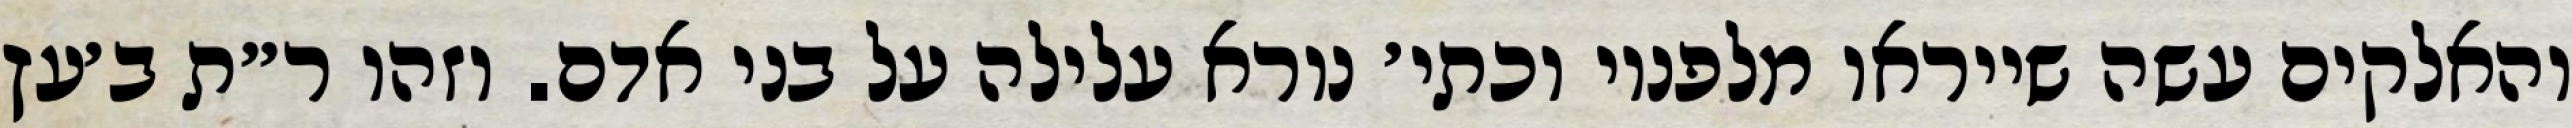
והאלקים עשה שייראו מלפניו וכתי׳ נורא עלילה על בני אדם. וזהו ר״ת ב׳עץ